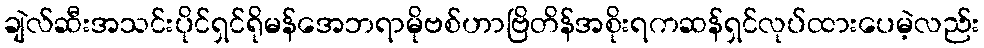
ချဲလ်ဆီးအသင်းပိုင်ရှင်ရိုမန်အေဘရာမိုဗစ်ဟာဗြိတိန်အစိုးရကဆန်ရှင်လုပ်ထားပေမဲ့လည်း